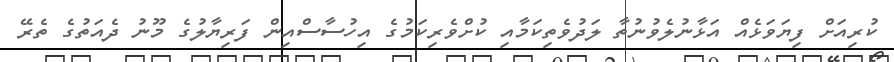
ކުރިއަށް ފިޔަވަޅެއް އަޅާނުލެވުނުތާ ލަދުވެތިކަމާއި ކުށްވެރިކަމުގެ އިހުސާސްއިން ފަރިޔާލުގެ މޫނު ދެއަތުގެ ތެރޭ